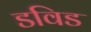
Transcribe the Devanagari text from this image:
डविड